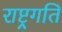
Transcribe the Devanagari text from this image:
राष्ट्रगति